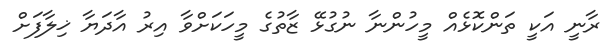
ރާނީ އަކީ ތަންކޮޅެއް މީހުންނާ ނުގުޅޭ ޒާތުގެ މީހަކަށްވާ އިރު އާދަޔާ ޚިލާފަށް